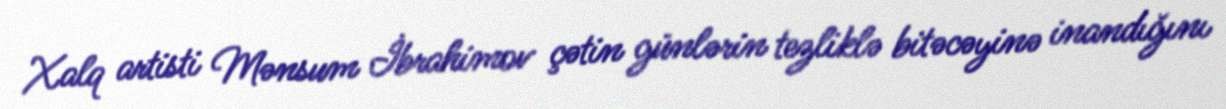
Xalq artisti Mənsum İbrahimov çətin günlərin tezliklə bitəcəyinə inandığını